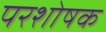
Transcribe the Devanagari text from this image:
परशोषक